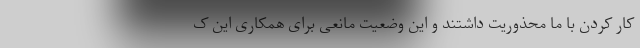
کار کردن با ما محذوریت داشتند و این وضعیت مانعی برای همکاری این ک